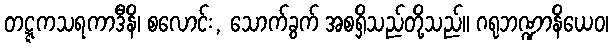
တဋ္ဋကသရကာဒီနိ၊ စလောင်း, သောက်ခွက် အစရှိသည်တို့သည်။ ဂရုဘဏ္ဍာနိယေဝ၊